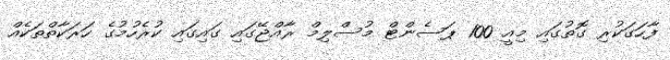
ފާހަގަކުރި ގޮތުގައި މިއީ 100 ޕަސެންޓް މުސްލިމް ރާއްޖޭގައި ގައިގައި ކުރެހުމުގެ ހަރަކާތްތަކެއް